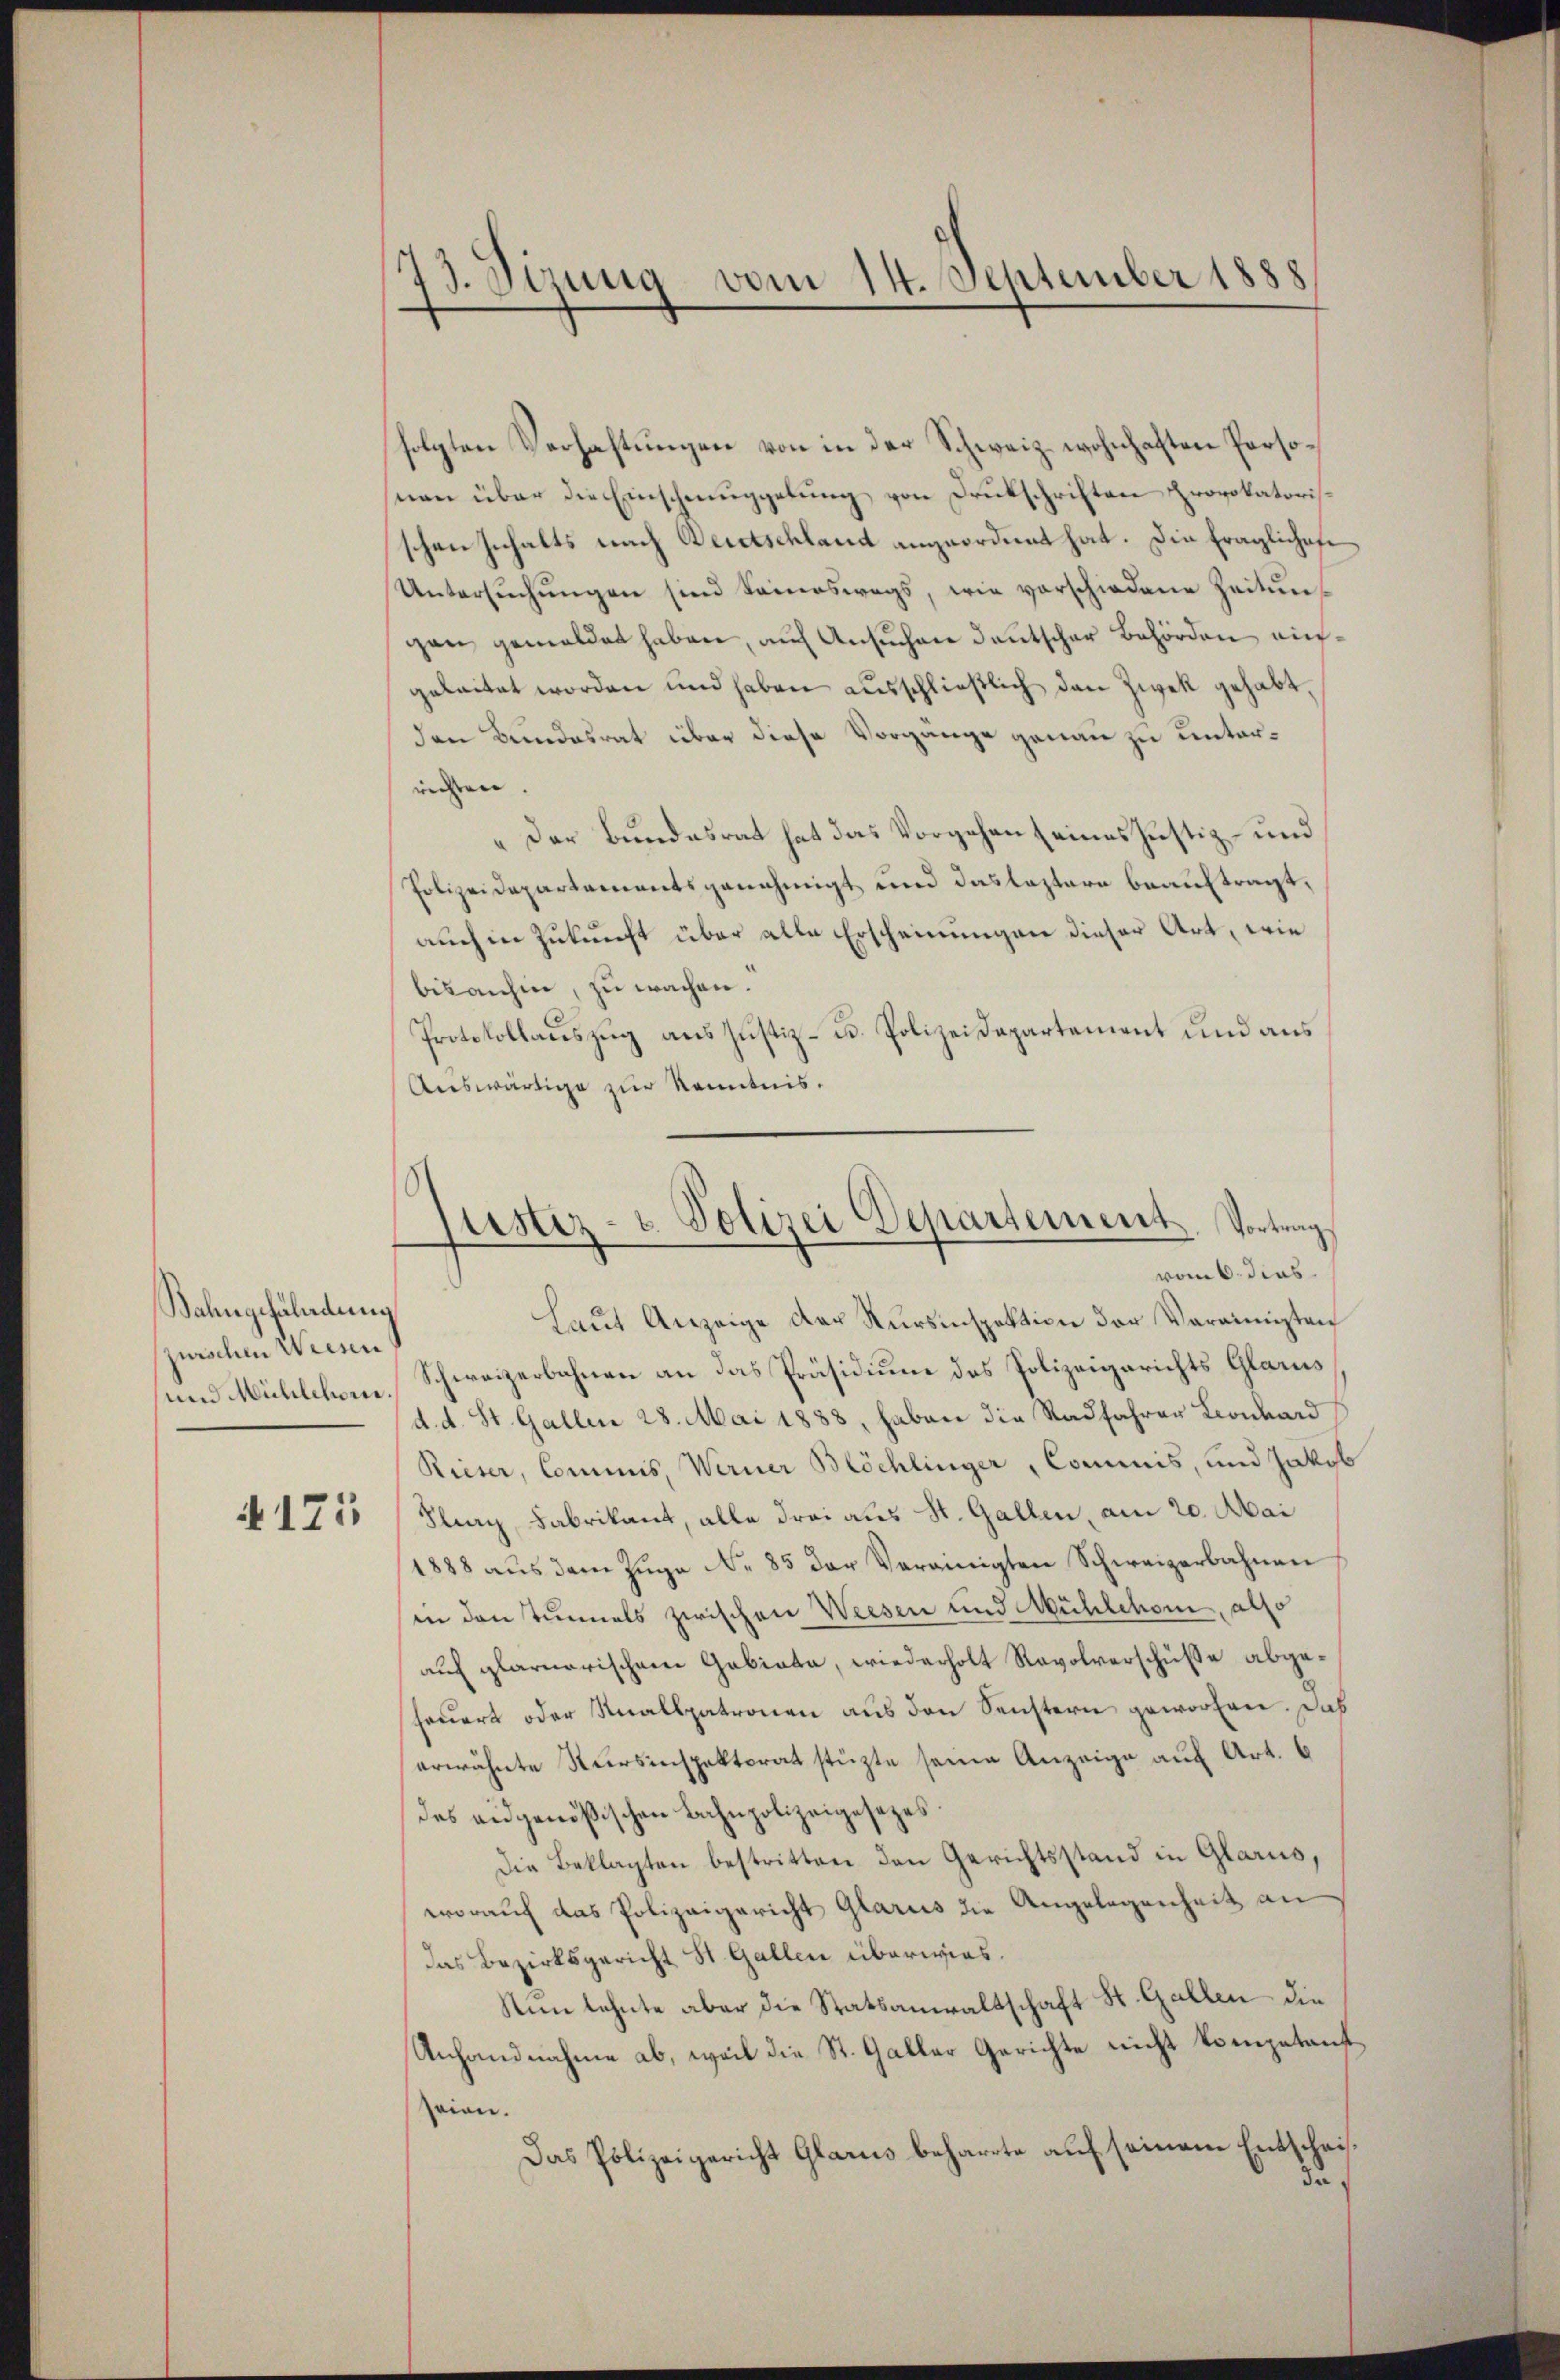
Bahngefährdung
jurschen Weisen

4175

73. Sizung vom 14. September 1888

folgten Verhaftungen von in der Schweiz wohnhaften Personan über die Einschmuggelung von Drukschriften provokatorisschen Inhalts nach Bertschland angeordnet hat. Die fraglichofe
Untersŭchŭngen sind Seineswegs, wie vorschiedene Zeitŭng
gen gemeldet haben, auf Ansuchen deutscher Behörden aufgeleitet worden und haben ausschließlich den Zwek gehabt,
den Bundesrat über diese Vorgänge genau zu unterrichten
„Der Bundesrat hat das Vorgehen seines Justiz- und
Polizeidepartementsgenehmigt und das leztere beauftragt,
auch in Zukunft über alle Erscheinungen dieser Art, wie
bisanhin, zu wachen.
Protokollauszug aus Justiz- u. Polizeidepartement und aus
Auswärtige zur Kenntnis.

Laut Anzeige der Kursinspektion der Vereinigten
und Mühlehom. Schweizerbahnen an das Präsidium des Polizeigerichts Glarus
d. d. St. Gallen 28. Mai 1888, haben die Radfahrer Landard
Rieser, Commis, Werner Blöchlinger, Commis, und Jakob
Flury, Fabrikant, alle drei aus St. Gallen, am 20. Mai
1888 aŭs dem Zŭge No. 85 der Vereinigten Schweizerbahnen
in den Tunnels zwischen Weesen und Mühlchem, also
auf glarnerischen Gabiata, wiederholt Revolverschüße abgefeuert oder Knallpatronen aus den Senstern geworfen. Das
erwähnte Kursinspektorat stüzte seine Anzeige auf Art. 6
des eidgenößischen Bahnpolizeigesetzes.
Die Beklagten bestritten den Gerichtsstand in Glarus,
worauf das Polizeigericht Glarus die Angelegenheit an
das Bezirksgericht St. Gallen überwies.
Nun lehnte aber die Statsanwaltschaft St. Gallen die
Anhandnahme ab, weil die St. Galler Gerichte nicht kompetentseien.
Das Polizeigericht Glarus beharrte auf seinem Entscheidas

Justiz- u. Polizei Departement. Vortrag
vom 6. dies